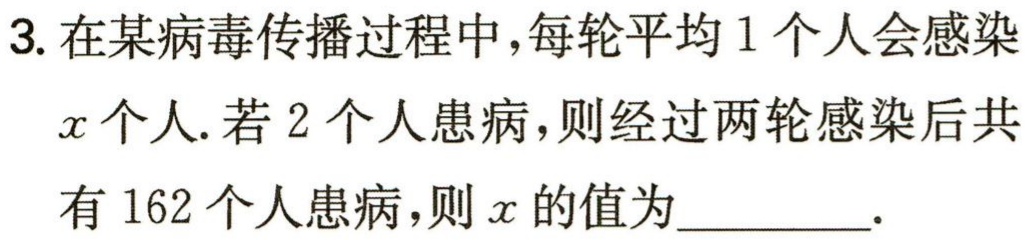
3. 在某病毒传播过程中，每轮平均1个人会感染$x$个人. 若2个人患病，则经过两轮感染后共有162个人患病，则$x$的值为________.